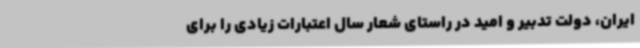
ایران، دولت تدبیر و امید در راستای شعار سال اعتبارات زیادی را برای